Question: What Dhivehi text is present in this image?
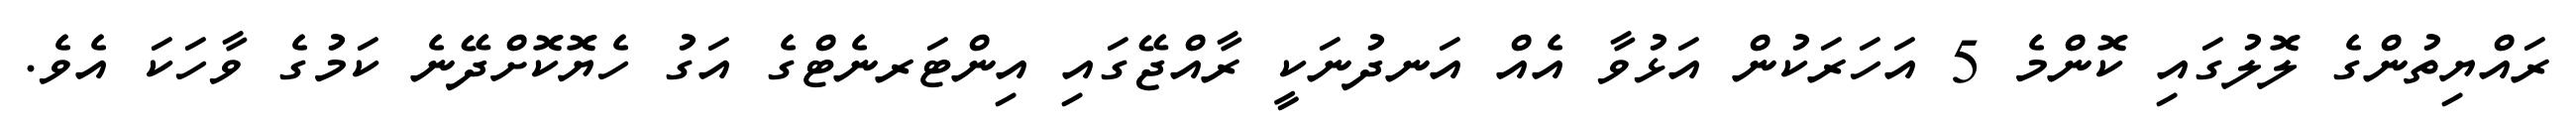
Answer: ރައްޔިތުންގެ ލޮލުގައި ކޮންމެ 5 އަހަރަކުން އަޅުވާ އެއް އަނދުނަކީ ރާއްޖޭގައި އިންޓަރނެޓްގެ އަގު ހެޔޮކޮށްދޭނެ ކަމުގެ ވާހަކަ އެވެ.